Medical and sanitary report of the native army of Bengal for the year
Year: 1878
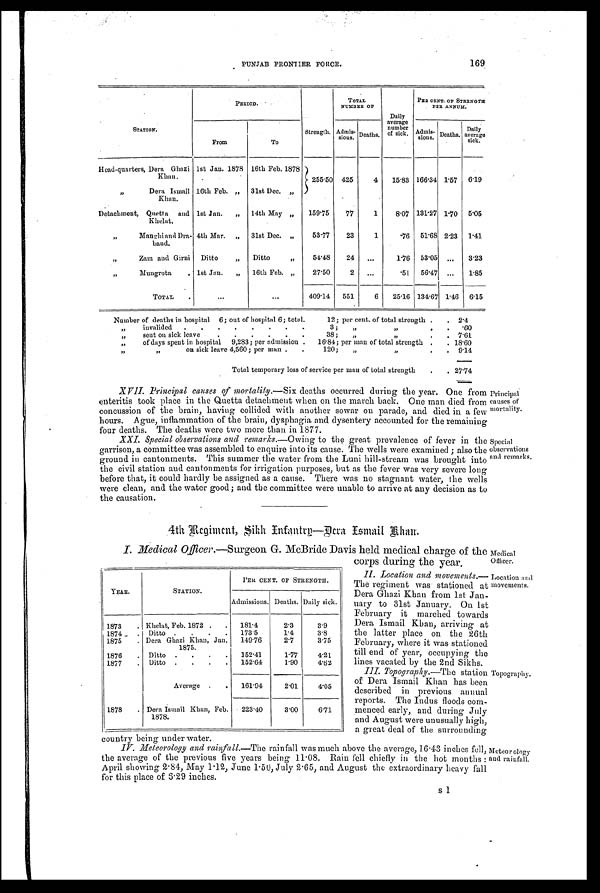
PUNJAB FRONTIER FORCE.
169
STATION.
P R R I O D .
Strength.
TOTAL
NUMBRR OF
Daily
average
number
of sick.
PER CENT. OF STRENGTH
PER ANNUM.
From
To
Admis- sions. Deaths.
A d m i s -
sions. Deaths.
Daily
average
sick.
Head-quarters, Dera Ghazi
Khan.
1st Jan. 1878 16th Feb. 1878
255.50 425
4
15.83 166.34 1.57 6.19
,, Dera Ismail
Khan.
16th Feb. „ 31st Dec. „
Detachment, Quetta and
Khelat.
1st Jan.
„ 14th May „
159.75
77
1
8.07 131.27 1.70 5.05
,, Manghi and Dra-
band.
4th Mar. „ 31st Dec. „
53.77
23
1
.76 51.68 2.23 1.41
„
Zam and Girni Ditto
„
Ditto
,,
54.48
24
. . .
1.76 53.05 ...
3.23
,, Mungrota .
1st Jan.
„
16th Feb. „
27.50
2
. . .
.51
56.47 ...
1.85
TOTAL
.
...
. . .
409.14
551
6
25.16 134.67 1.46 6.15
Number of deaths in hospital 6; out of hospital 6; total.
12; per cent. of total strength .
. 2.4
,,
invalided
.
.
.
.
. . . .
3;
,,
, , .
. .60
„
sent on sick leave
. . . . . .
38;
,,
, , .
. 7 . 6 1
„
of days spent in hospital 9,283; per admission .
16.84; per man of total strength .
. 1 8 . 6 0
,,
, ,
on sick leave 4,560; per man .
.
120;
„
,,
.
. 9 . 1 4
Total temporary loss of service per man of total strength
.
. 27.74
Principal
causes
of
mortality.
XVII. Principal causes of mortality. — S i x d e a t h s o c c u r r e d d u r i n g t h e y e a r . O n e f r o m
enteritis took place in the Quetta detachment when on the march back. One man died from
concussion of the brain, having collided with another sowar on parade, and died in a few
hours. Ague, inflammation of the brain, dysphagia and dysentery accounted for the remaining
four deaths. The deaths were two more than in 1877.
special
observations
and
remarks.
XXI. Special observations and remarks. — O w i n g t o t h e g r e a t p r e v a l e n c e o f f e v e r i n t h e
garrison, a committee was assembled to enquire into its cause. The wells were examined ; also the
ground in cantonments. This summer the water from the Luni hill-stream was brought into
the civil station and cantonments for irrigation purposes, but as the fever was very severe loug
before that, it could hardly be assigned as a cause. There was no stagnant water, the wells
were clean, and the water good; and the committee were unable to arrive at any decision as to
the causation.
4th Regiment, Sikh Infantry—Dera Ismail Khan.
Medical
Officer.
I. Medical Officer.—Surgeon G. McBride Davis held medical charge of the
corps during the year.
Location and
movements.
II. Location and movements.
— T h e r e g i m e n t w a s s t a t i o n e d a t
Dera Ghazi Khan from 1st Jan-
uary to 31st January. On 1st
February it marched towards
Dera Ismail Khan, arriving at
the latter place on the 26th
February, where it was stationed
till end of year, occupying the
lines vacated by the 2nd Sikhs.
Topography.
III. Topography.— T h e s t a t i o n
of Dera Ismail Khan has been
described in previous annual
reports. The Indus floods com-
menced early, and during July
and August were unusually high,
a great deal of the surrounding
country being under water.
Meteorology
and rainfall.
IV. Meteorology and rain fall.—The rainfall was much above the average, 16.43 inches fell,
the average of the previous five years being 11.08. Rain fell chiefly in the hot months :
April showing 2.84, May 1.12, June 1.50, July 2.65, and August the extraordinary heavy fall
for this place of 6.29 inches.
s 1
YEAR.
STATION.
PER CENT. OF STRENGTH.
Admissions. Deaths. Daily sick.
1873
.
Khelat, Feb. 1872 . .
181.4
2.3
3.9
1874
. Ditto
.
.
.
173.5
1.4
3.8
1875
. Dera Ghazi Khan, Jan.
1875.
149.76
2.7
3.75
1876
. Ditto .
.
.
.
152.41
1 . 7 7
4.21
1877
. Ditto .
.
.
.
152.64
1.90
4.62
Average .
.
161.94
2.01
4.05
1878
. Dera Ismail Khan, Feb.
1878.
223.40
3.00
6.71